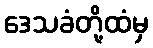
ဒေသခံတို့ထံမှ